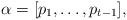
LaTeX: \begin{align*}\alpha=[p_1,\ldots,p_{t-1}],\end{align*}